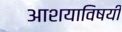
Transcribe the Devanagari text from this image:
आशयाविषयी